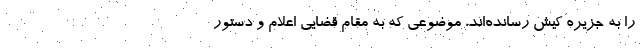
را به جزیره کیش رسانده‌اند، موضوعی که به مقام قضایی اعلام و دستور